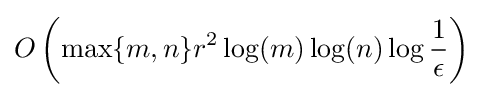
O\left(\max\{m,n\}r^{2}\log(m)\log(n)\log {\frac {1}{\epsilon }}\right)